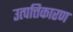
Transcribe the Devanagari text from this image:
उत्पत्तिकारण